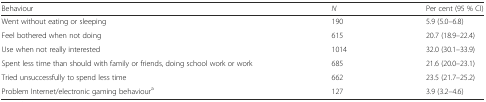
| Behaviour | N | Per cent (95 % CI) |
 | --- | --- | --- |
 | Went without eating or sleeping | 190 | 5.9 (5.0–6.8) |
 | Feel bothered when not doing | 615 | 20.7 (18.9–22.4) |
 | Use when not really interested | 1014 | 32.0 (30.1–33.9) |
 | Spent less time than should with family or friends, doing school work or work | 685 | 21.6 (20.0–23.1) |
 | Tried unsuccessfully to spend less time | 662 | 23.5 (21.7–25.2) |
 | Problem Internet/electronic gaming behavioura | 127 | 3.9 (3.2–4.6) |